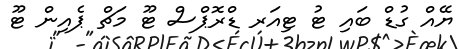
ޔޭއް ގުޑް ބައި ޓު ޓިއަރ ޑްރޮޕްސް ޓޫ މަޗް ޕެއިން ޓޫ